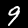
Label: 9